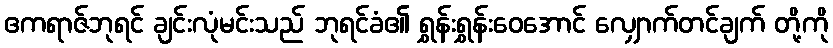
ဧကရာဇ်ဘုရင် ချင်းလုံမင်းသည် ဘုရင်ခံ၏ ရွှန်းရွှန်းဝေအောင် လျှောက်တင်ချက် တို့ကို